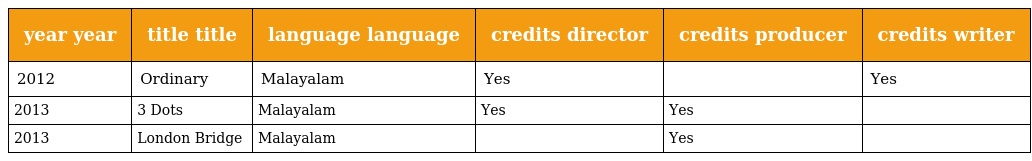
| year year | title title | language language | credits director | credits producer | credits writer |
 | --- | --- | --- | --- | --- | --- |
 | 2012 | Ordinary | Malayalam | Yes |  | Yes |
 | 2013 | 3 Dots | Malayalam | Yes | Yes |  |
 | 2013 | London Bridge | Malayalam |  | Yes |  |